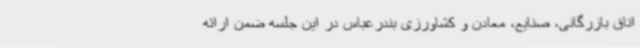
اتاق بازرگانی، صنایع، معادن و کشاورزی بندرعباس در این جلسه ضمن ارائه